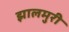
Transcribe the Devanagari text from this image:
झालमुरी